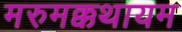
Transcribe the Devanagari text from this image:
मरुमक्कथायम